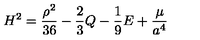
H ^ { 2 } = \frac { \rho ^ { 2 } } { 3 6 } - \frac { 2 } { 3 } Q - \frac { 1 } { 9 } E + \frac { \cal \mu } { a ^ { 4 } }